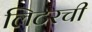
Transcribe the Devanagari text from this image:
लिटरची